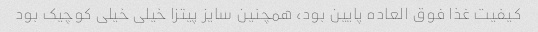
کیفیت غذا فوق العاده پایین بود، همچنین سایز پیتزا خیلی خیلی کوچیک بود